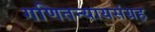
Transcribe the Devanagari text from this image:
गणितन्यायसंग्रह